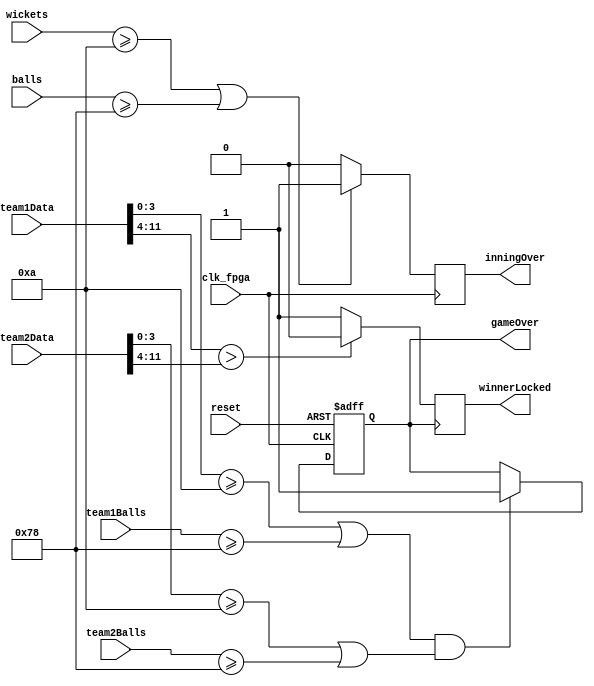
`timescale 1ns / 1ps
//////////////////////////////////////////////////////////////////////////////////
// Company: 
// Engineer: 
// 
// Design Name: 
// Module Name: score_comparator
// Project Name: 
// Target Devices: 
// Tool Versions: 
// Description: 
// 
// Dependencies: 
// 
// Revision:
// Revision 0.01 - File Created
// Additional Comments:
// 
//////////////////////////////////////////////////////////////////////////////////


module score_comparator( 
    input clk_fpga, 
    input reset,
    input [11:0] team1Data,
    input [11:0] team2Data,
    input [6:0] team1Balls,
    input [6:0] team2Balls,
    input [3:0] wickets,
    input [15:0] balls,
    output reg inningOver,    
    output reg gameOver,
    output reg winnerLocked    
    );  
    
    // if the currently selected team has 120 balls or 10 wickets, their inning is complete, so signal bcdDisplay to show IO on screen
    always @ (posedge clk_fpga) begin                            
        if((wickets >= 10) || (balls >= 120))          
            inningOver  <= 1;  
        else
            inningOver <= 0;                 
    end            
    
    // if both teams either reach 120 balls or have lost 10 wickets, end the game
    always @ (posedge clk_fpga, posedge reset) begin        
        if (reset)                
            gameOver <= 0;                         
        else if(((team1Data[3:0] >= 10) || (team1Balls >= 120)) && ((team2Data[3:0] >= 10) || (team2Balls >= 120)))               
            gameOver <= 1;              
        else               
            gameOver <= gameOver;               
    end 
    
    // on rising edge of gameOver, lock in the winner
    always @ (posedge gameOver) begin       
        if (team1Data[11:4] > team2Data[11:4]) // most runs on gameOver wins
            winnerLocked  <= 0; // team 1 wins
        else
            winnerLocked  <= 1; // team 2 wins
    end 
    
    
            
endmodule